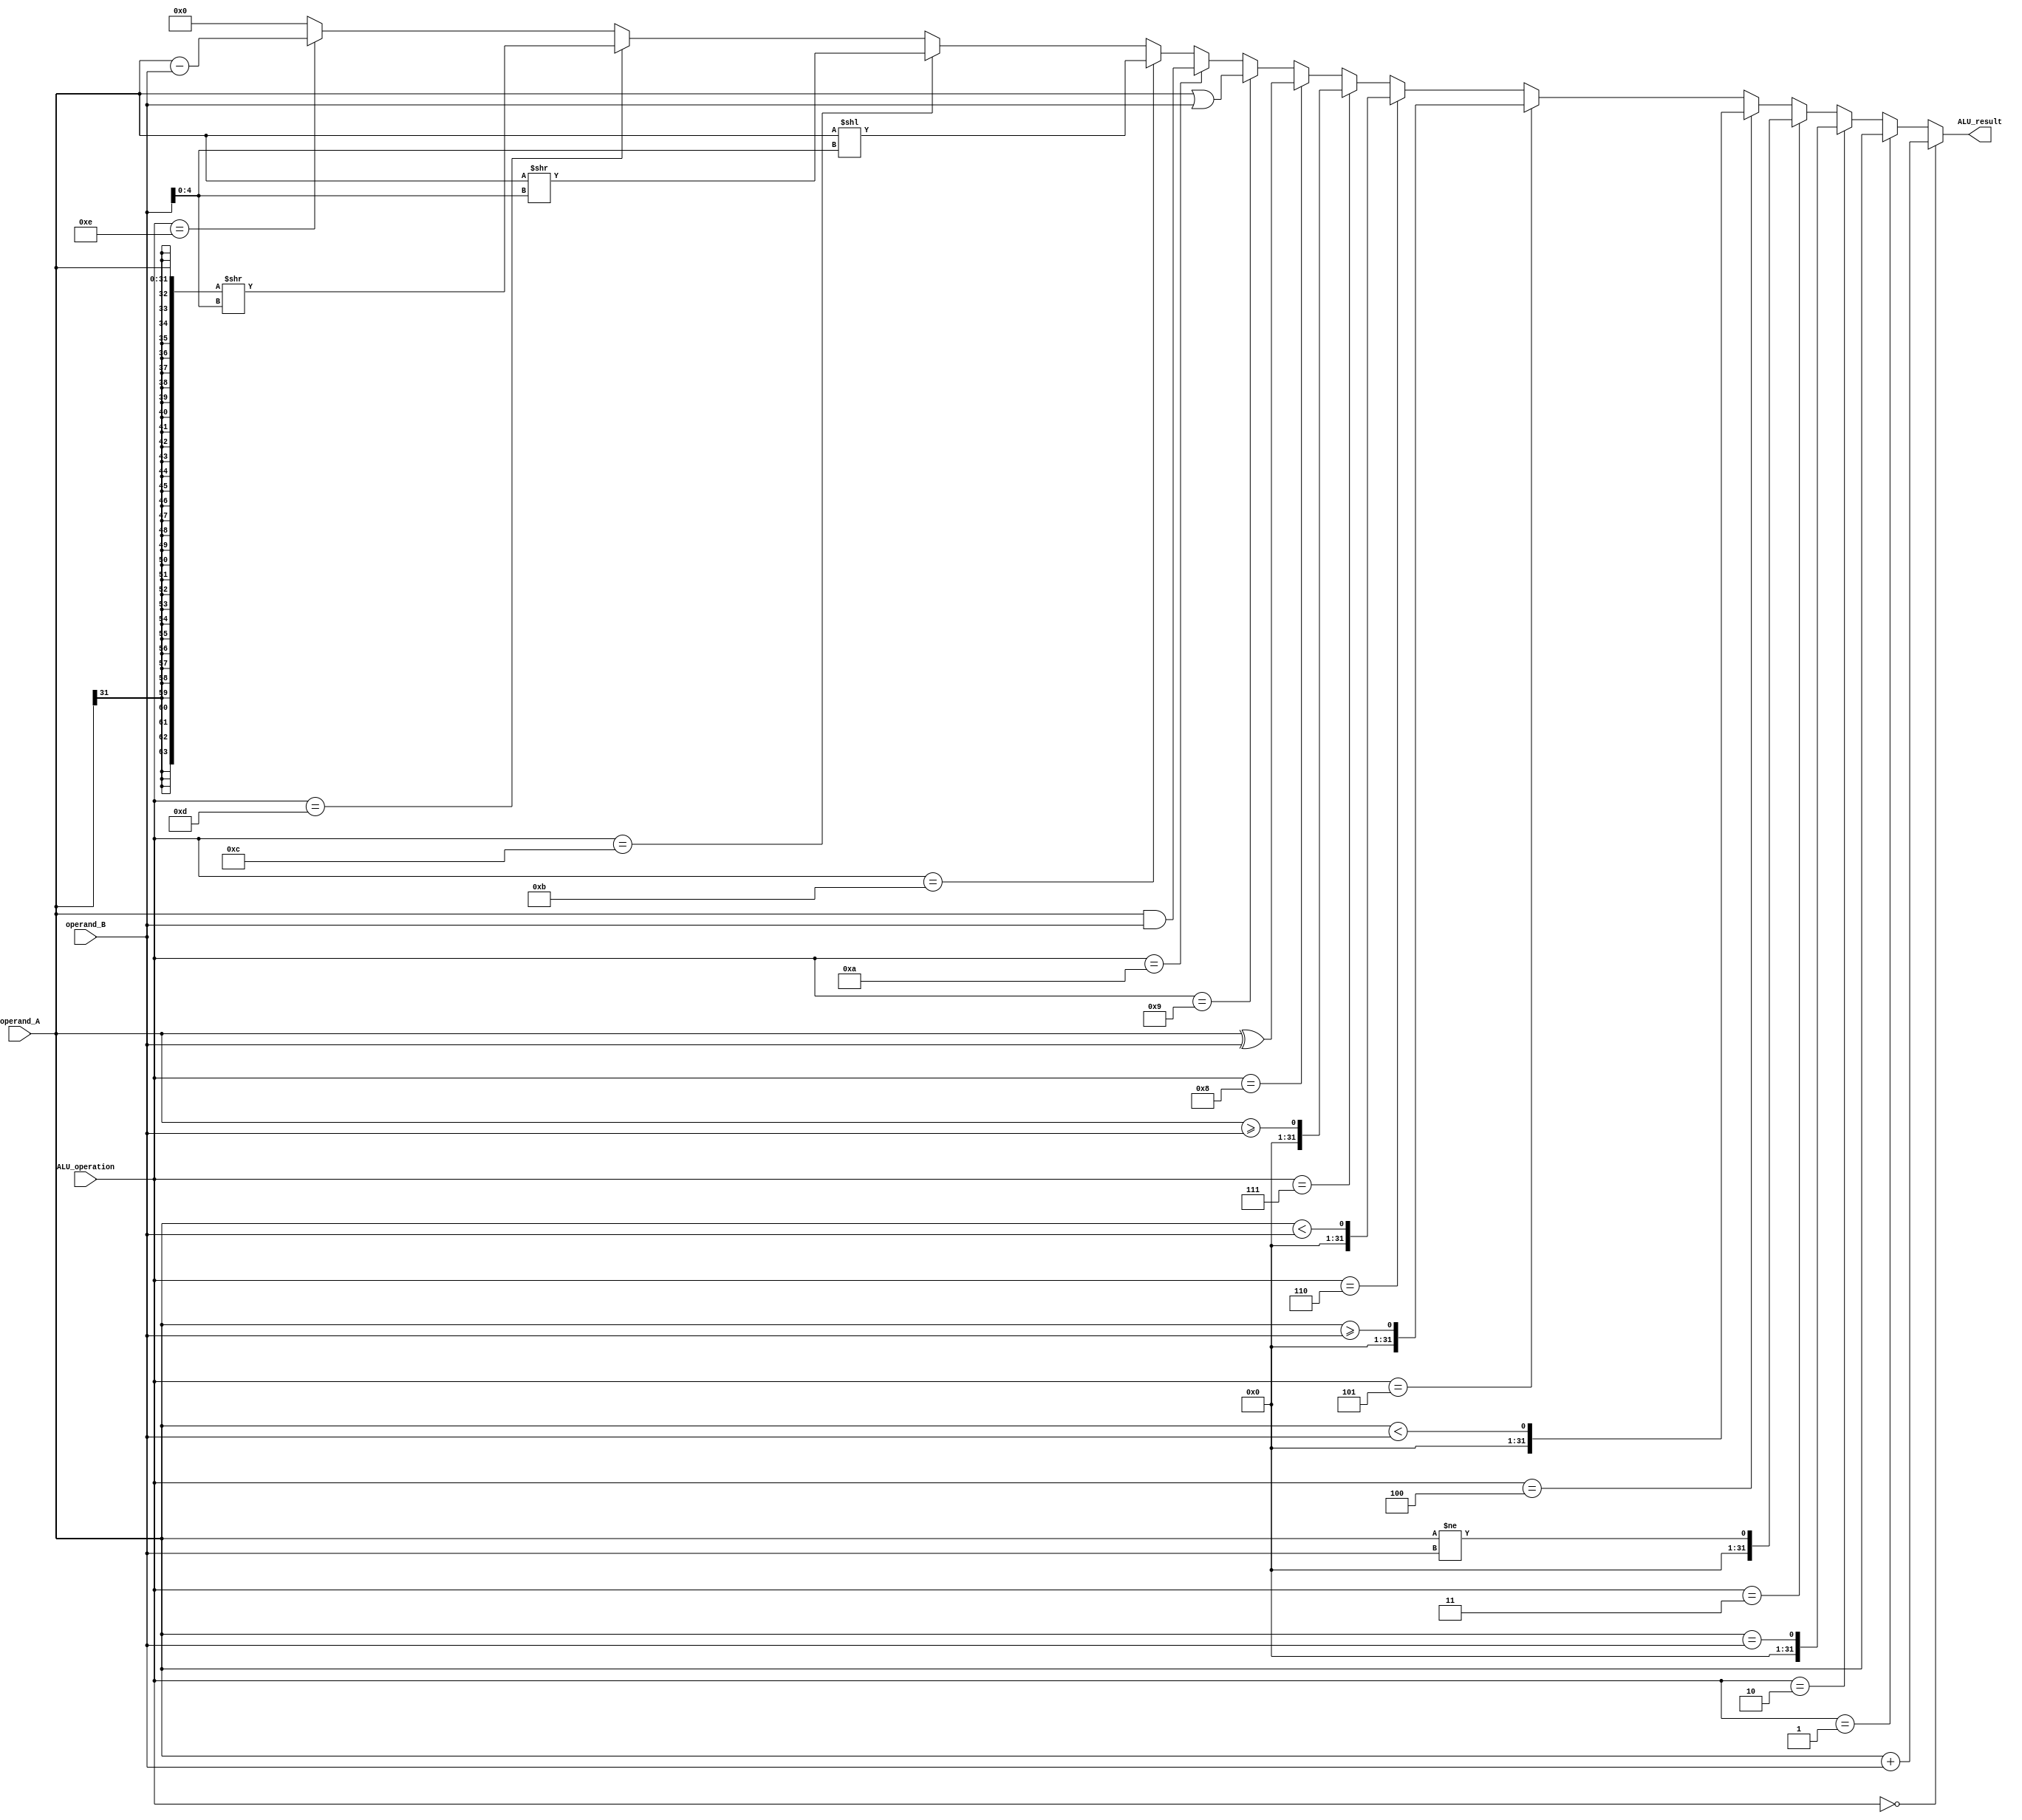
/** @module : ALU
 *  @author : Adaptive & Secure Computing Systems (ASCS) Laboratory

 *  Copyright (c) 2019 BRISC-V (ASCS/ECE/BU)
 *  Permission is hereby granted, free of charge, to any person obtaining a copy
 *  of this software and associated documentation files (the "Software"), to deal
 *  in the Software without restriction, including without limitation the rights
 *  to use, copy, modify, merge, publish, distribute, sublicense, and/or sell
 *  copies of the Software, and to permit persons to whom the Software is
 *  furnished to do so, subject to the following conditions:
 *  The above copyright notice and this permission notice shall be included in
 *  all copies or substantial portions of the Software.

 *  THE SOFTWARE IS PROVIDED "AS IS", WITHOUT WARRANTY OF ANY KIND, EXPRESS OR
 *  IMPLIED, INCLUDING BUT NOT LIMITED TO THE WARRANTIES OF MERCHANTABILITY,
 *  FITNESS FOR A PARTICULAR PURPOSE AND NONINFRINGEMENT. IN NO EVENT SHALL THE
 *  AUTHORS OR COPYRIGHT HOLDERS BE LIABLE FOR ANY CLAIM, DAMAGES OR OTHER
 *  LIABILITY, WHETHER IN AN ACTION OF CONTRACT, TORT OR OTHERWISE, ARISING FROM,
 *  OUT OF OR IN CONNECTION WITH THE SOFTWARE OR THE USE OR OTHER DEALINGS IN
 *  THE SOFTWARE.
 */

module ALU #(
  parameter DATA_WIDTH = 32
) (
  input [5:0] ALU_operation,
  input [DATA_WIDTH-1:0] operand_A,
  input [DATA_WIDTH-1:0] operand_B,
  output [DATA_WIDTH-1:0] ALU_result
);

wire signed [DATA_WIDTH-1:0] signed_operand_A;
wire signed [DATA_WIDTH-1:0] signed_operand_B;

wire [4:0] shamt;

// wires for signed operations
wire [(DATA_WIDTH*2)-1:0] arithmetic_right_shift_double;
wire [DATA_WIDTH-1:0] arithmetic_right_shift;
wire signed [DATA_WIDTH-1:0] signed_less_than;
wire signed [DATA_WIDTH-1:0] signed_greater_than_equal;

assign shamt = operand_B [4:0];     // I_immediate[4:0];

assign signed_operand_A = operand_A;
assign signed_operand_B = operand_B;

// Signed Operations
assign arithmetic_right_shift_double = ({ {DATA_WIDTH{operand_A[DATA_WIDTH-1]}}, operand_A }) >> shamt;
assign arithmetic_right_shift = arithmetic_right_shift_double[DATA_WIDTH-1:0];
assign signed_less_than = signed_operand_A < signed_operand_B;
assign signed_greater_than_equal = signed_operand_A >= signed_operand_B;

assign ALU_result =
  (ALU_operation == 6'd0 )? operand_A + operand_B:     /* ADD, ADDI, LB, LH, LW,
                                                          LBU, LHU, SB, SH, SW,
                                                          AUIPC, LUI */
  (ALU_operation == 6'd1 )? operand_A:                 /* JAL, JALR */
  (ALU_operation == 6'd2 )? operand_A == operand_B:    /* BEQ */
  (ALU_operation == 6'd3 )? operand_A != operand_B:    /* BNE */
  (ALU_operation == 6'd4 )? signed_less_than:          /* BLT, SLTI, SLT */
  (ALU_operation == 6'd5 )? signed_greater_than_equal: /* BGE */
  (ALU_operation == 6'd6 )? operand_A < operand_B:     /* BLTU, SLTIU, SLTU*/
  (ALU_operation == 6'd7 )? operand_A >= operand_B:    /* BGEU */
  (ALU_operation == 6'd8 )? operand_A ^ operand_B:     /* XOR, XORI*/
  (ALU_operation == 6'd9 )? operand_A | operand_B:     /* OR, ORI */
  (ALU_operation == 6'd10)? operand_A & operand_B:     /* AND, ANDI */
  (ALU_operation == 6'd11)? operand_A << shamt:        /* SLL, SLLI */
  (ALU_operation == 6'd12)? operand_A >> shamt:        /* SRL, SRLI */
  (ALU_operation == 6'd13)? arithmetic_right_shift:    /* SRA, SRAI */
  (ALU_operation == 6'd14)? operand_A - operand_B:     /* SUB */
  {DATA_WIDTH{1'b0}};

endmodule